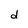
Character: d